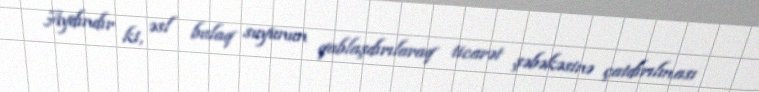
Aydındır ki, əsl bulaq suyunun qablaşdırılaraq ticarət şəbəkəsinə çatdırılması